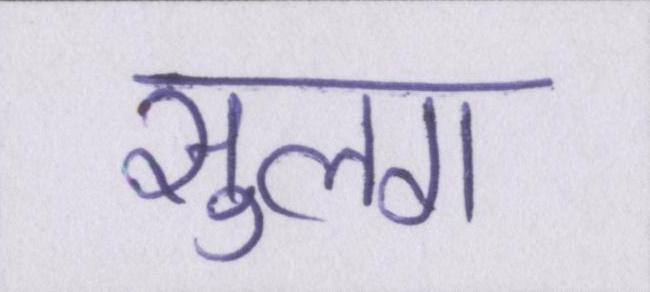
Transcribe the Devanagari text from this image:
सुलग